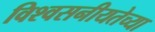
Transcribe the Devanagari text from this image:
विश्वसनीयतेच्या